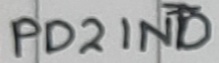
Text: PD2INT0